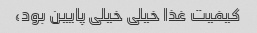
کیفیت غذا خیلی خیلی پایین بود،